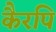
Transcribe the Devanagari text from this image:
कैरपि